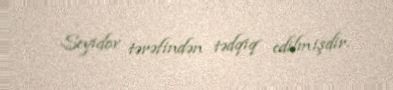
Seyidov tərəfindən tədqiq edilmişdir.